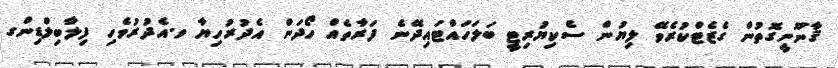
ޤާނޫނީގޮތުން ގެޒެޓްކުރެވޭ ލިޔުން ސެކިޔުރިޓީ ބަލަހައްޓައިދޭނެ ފަރާތެއް ހޯދަން އެދުރުހިޔާ ވ.އެދުރުވެހި ފިލާބިލްޑިންގ